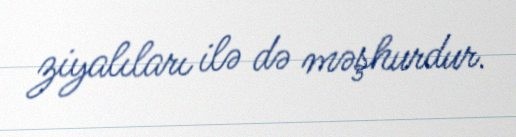
ziyalıları ilə də məşhurdur.